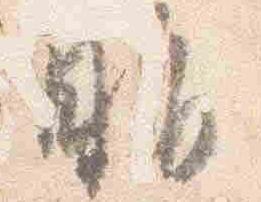
脂